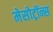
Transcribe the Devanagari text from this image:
मेसोट्रॉन्स